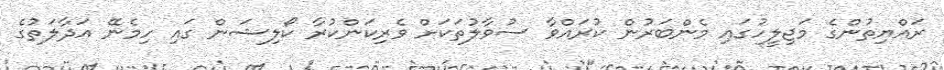
ރައްޔިތުންގެ މަޖިލީހުގައި މެންބަރުން ކުރައްވާ ސުވާލުތަކަށް ވެރިކަންކުރާ ކޯލިޝަން ގައި ހިމެނޭ އަދާލަތުގެ